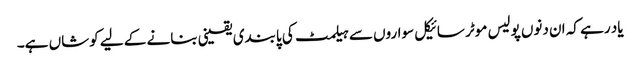
یاد رہے کہ ان دنوں پولیس موٹر سائیکل سواروں سے ہیلمٹ کی پابندی یقینی بنانے کے لیے کوشاں ہے۔